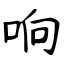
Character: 响